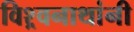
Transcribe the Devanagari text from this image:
विश्र्वनाथांनी